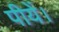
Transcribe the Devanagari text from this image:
पीयें।